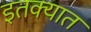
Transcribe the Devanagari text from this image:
इतक्‍यात